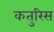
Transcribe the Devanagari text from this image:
कतुरिस